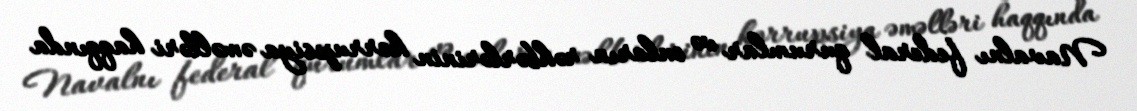
Navalnı federal qurumlar və onların rəhbərlərinin korrupsiya əməlləri haqqında